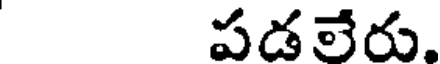
పడలేరు,